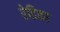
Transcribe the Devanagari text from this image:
रेडिका